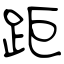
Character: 距